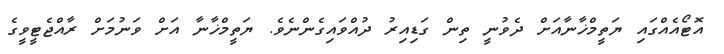
އޮޓޯއެއްގައި ޔަތީމްޚާނާއަށް ދެވުނީ ތިން ގަޑިއިރު ދުއްވައިގެންނެވެ. ޔަތީމްޚާނާ އަށް ވަނުމަށް ރާއްޖެޓީވީގެ